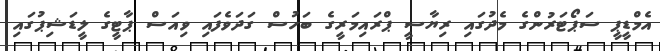
އެމްޑީޕީ ސަޕޯޓަރުންގެ މެދުގައި ރިޔާސީ ޕްރައިމަރީގެ ބަހުސް ގަދަވެފައި ވިއަސް ޕާޓީގެ ލީޑަޝިޕުގައި